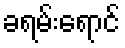
ခရမ်းရောင်